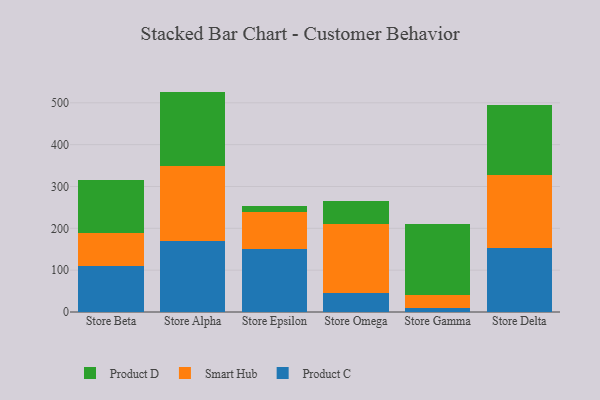
{"axis": {"x": "Store", "y": "Market Share (%)"}, "legend": ["Product C", "Product D", "Smart Hub"], "data": [{"x": "Store Beta", "y": 110.0, "type": "Product C"}, {"x": "Store Beta", "y": 79.7, "type": "Smart Hub"}, {"x": "Store Beta", "y": 126.6, "type": "Product D"}, {"x": "Store Alpha", "y": 169.8, "type": "Product C"}, {"x": "Store Alpha", "y": 179.7, "type": "Smart Hub"}, {"x": "Store Alpha", "y": 177.3, "type": "Product D"}, {"x": "Store Epsilon", "y": 150.9, "type": "Product C"}, {"x": "Store Epsilon", "y": 88.6, "type": "Smart Hub"}, {"x": "Store Epsilon", "y": 14.5, "type": "Product D"}, {"x": "Store Omega", "y": 46.3, "type": "Product C"}, {"x": "Store Omega", "y": 164.3, "type": "Smart Hub"}, {"x": "Store Omega", "y": 54.9, "type": "Product D"}, {"x": "Store Gamma", "y": 9.1, "type": "Product C"}, {"x": "Store Gamma", "y": 31.6, "type": "Smart Hub"}, {"x": "Store Gamma", "y": 169.5, "type": "Product D"}, {"x": "Store Delta", "y": 152.1, "type": "Product C"}, {"x": "Store Delta", "y": 175.8, "type": "Smart Hub"}, {"x": "Store Delta", "y": 165.7, "type": "Product D"}]}